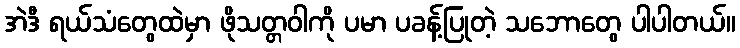
အဲဒီ ရယ်သံတွေထဲမှာ ဖိုသတ္တဝါကို ပမာ ပခန့်ပြုတဲ့ သဘောတွေ ပါပါတယ်။